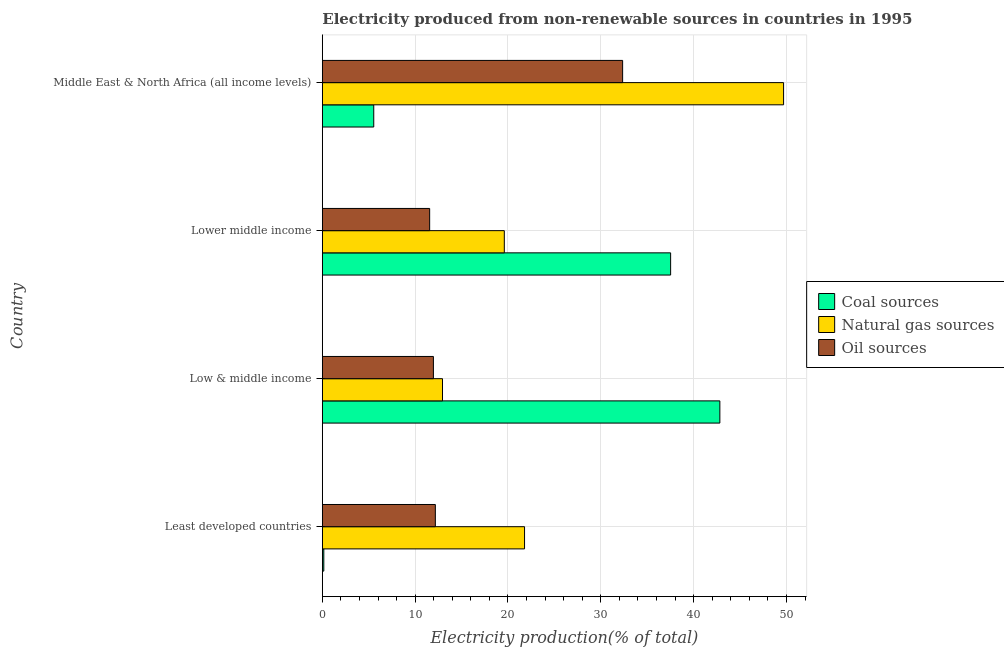
| Country | Coal sources | Natural gas sources | Oil sources |
 | --- | --- | --- | --- |
 | Least developed countries | 0.159 | 21.8 | 12.2 |
 | Low & middle income | 42.8 | 12.9 | 12 |
 | Lower middle income | 37.5 | 19.6 | 11.6 |
 | Middle East & North Africa (all income levels) | 5.54 | 49.7 | 32.3 |